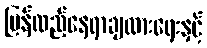
ပြန်လည်နေရာချထားရေးနှင့်